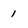
Character: 1